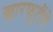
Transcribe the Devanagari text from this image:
खारफुटींचे